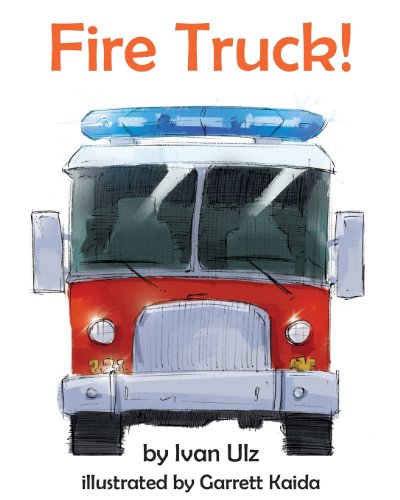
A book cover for Fire Truck!; Ivan Ulz; Children's Books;